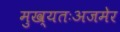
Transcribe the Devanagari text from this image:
मुख्यतःअजमेर